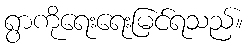
ရွာကိုရေးရေးမြင်ရသည်။